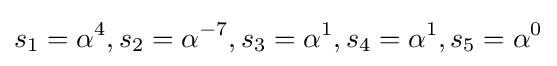
s_{1}=\alpha ^{4},s_{2}=\alpha ^{-7},s_{3}=\alpha ^{1},s_{4}=\alpha ^{1},s_{5}=\alpha ^{0}